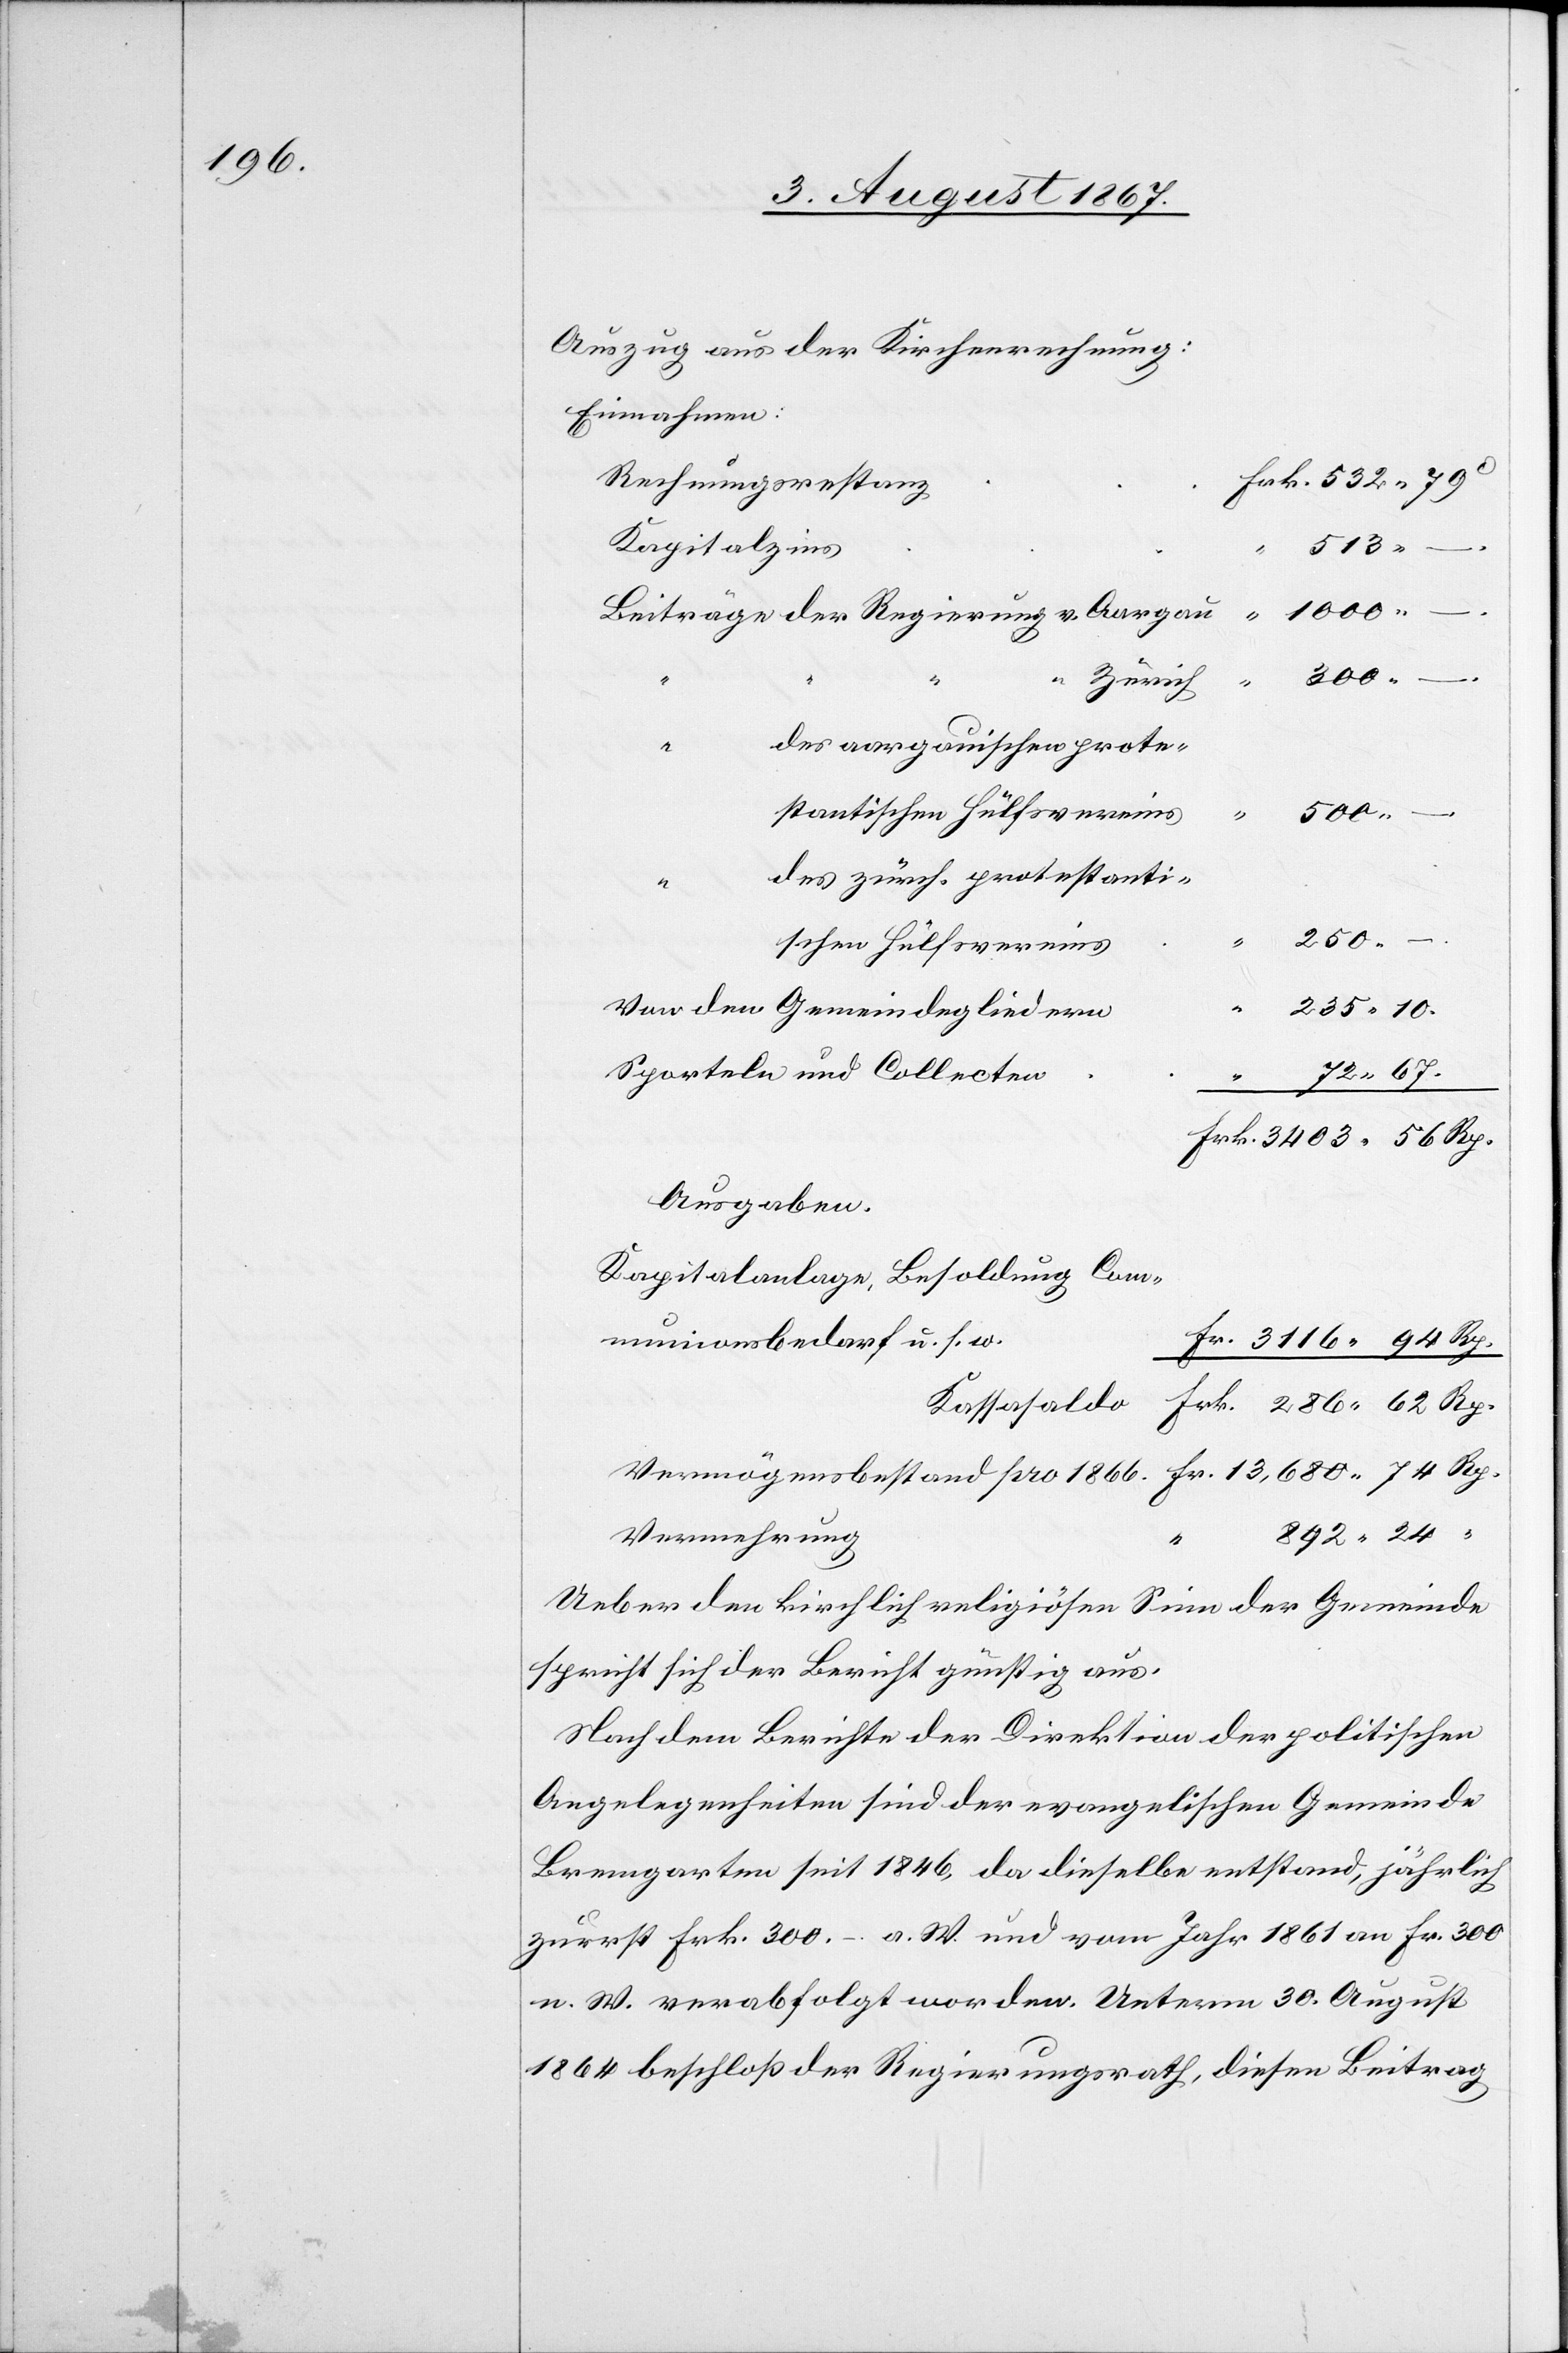
pro

286.

Auszug aus der Kirchenrechnung:
Einnahmen:
Rechnungsrestanz
Kapitalzins
513.
–.
Beiträge der Regierung v. Aargau
des aargauischen protes¬
des zürch. protestanti¬
Fr.
schen Hülfsvereins
13
Von den Gemeindegliedern
Sporteln und Collecten
56
Ausgaben
Kapitalanlagen, Besoldung, Comm¬
unionsbedarf u. s. w.
Vermehrung
24.
Ueber den kirchlich religiösen Sinn der Gemeinde
spricht sich der Bericht günstig aus.
Nach dem Berichte der Direktion der politischen
Angelegenheiten sind der evangelischen Gemeinde
Bremgarten seit 1846, da dieselbe entstand, jährlich
zuerst Frk. 300.–. a. W. und vom Jahr 1861 an Fr. 300
n. W. verabfolgt worden. Unterm 30. August
1864 beschloß der Regierungsrath, diesen Beitrag